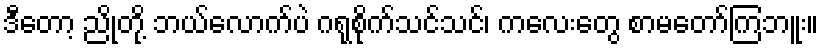
ဒီတော့ ညိုတို့ ဘယ်လောက်ပဲ ဂရုစိုက်သင်သင်၊ ကလေးတွေ စာမတော်ကြဘူး။